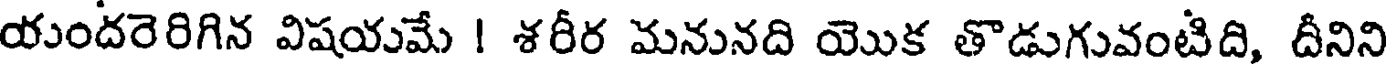
యందరెరిగిన విషయమే ! శరీర మనునది యొక తొడుగువంటిది, దీనిని